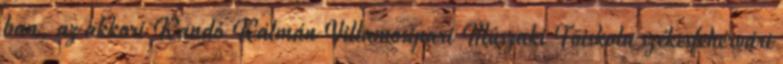
ban, az akkori Kandó Kálmán Villamosipari Mûszaki Fõiskola székesfehérvári